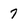
Character: 7